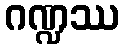
ဂဏ္ဍဿ